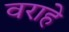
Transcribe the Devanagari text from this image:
वराहे